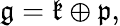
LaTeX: \displaystyle{{\mathfrak{g}}={\mathfrak{k}}\oplus{\mathfrak{p}},}